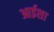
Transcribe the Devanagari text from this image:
आईशा